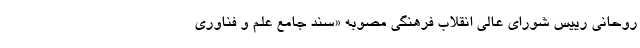
روحانی رییس شورای عالی انقلاب فرهنگی مصوبه «سند جامع علم و فناوری